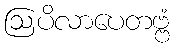
ဩပိလာပေတဗ္ဗံ